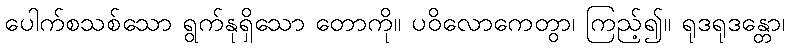
ပေါက်စသစ်သော ရွက်နုရှိသော တောကို။ ပဝိလောကေတွာ၊ ကြည့်၍။ ရုဒရုဒန္တော၊